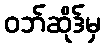
ဝဘ်ဆိုဒ်မှ